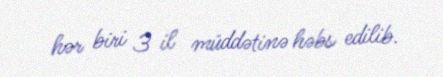
hər biri 3 il müddətinə həbs edilib.